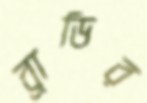
ব্রাডির